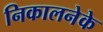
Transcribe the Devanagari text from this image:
निकालनेके